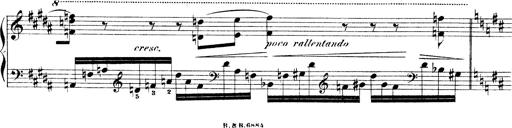
Title: Illustrations de l'opÃ©ra L'Africaine
Composer: Franz Liszt